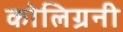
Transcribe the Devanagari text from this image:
कोलिग्रनी